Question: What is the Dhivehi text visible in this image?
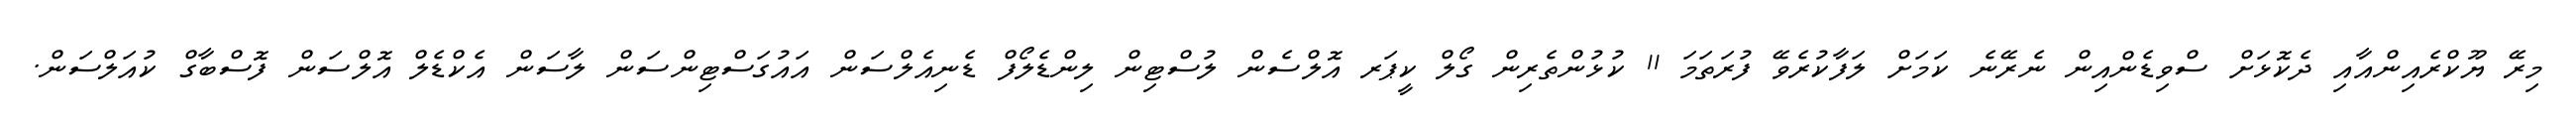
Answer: މިރޭ ޔޫކްރެއިންއާއި ދެކޮޅަށް ސްވިޑެންއިން ނެރޭނެ ކަމަށް ލަފާކުރެވޭ ފުރަތަމަ 11 ކުޅުންތެރިން ގޯލް ކީޕަރ އޮލްސެން ލުސްޓިން ލިންޑެލޯފް ޑެނިއެލްސަން އައުގަސްޓިންސަން ލާސަން އެކްޑެލް އޮލްސަން ފޮސްބާގް ކުއަލްސަން.